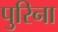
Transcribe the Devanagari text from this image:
पुरिना